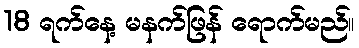
18 ရက်နေ့ မနက်ဖြန် ရောက်မည်။